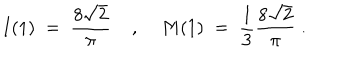
LaTeX: I ( 1 ) \; = \; \frac { 8 \sqrt { 2 } } { \pi } \; , \; M ( 1 ) \; = \; \frac { 1 } { 3 } \frac { 8 \sqrt { 2 } } { \pi } \; .